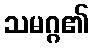
သမဂ္ဂ၏